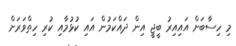
މި ހިސާބަށް އައިިއިރު ބީޖީ އިން ދައްކަމުން އައި ކުޅުމާއި ކުރި ހިތްވަރަށް